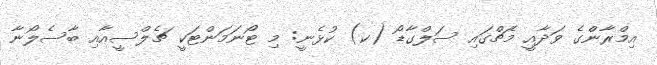
އިމްރާންގެ ވަދާއީ މެޗްގައި ސަލްގާޑޯ (ކ) ކުޅެނީ: މި ޓޯނަމަންޓަކީ ޗެލްސީއާއި ބާސެލޯނާ